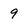
Character: 9